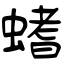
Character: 螧